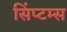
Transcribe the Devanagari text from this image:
सिंप्टम्स